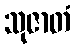
သုဇာတံ